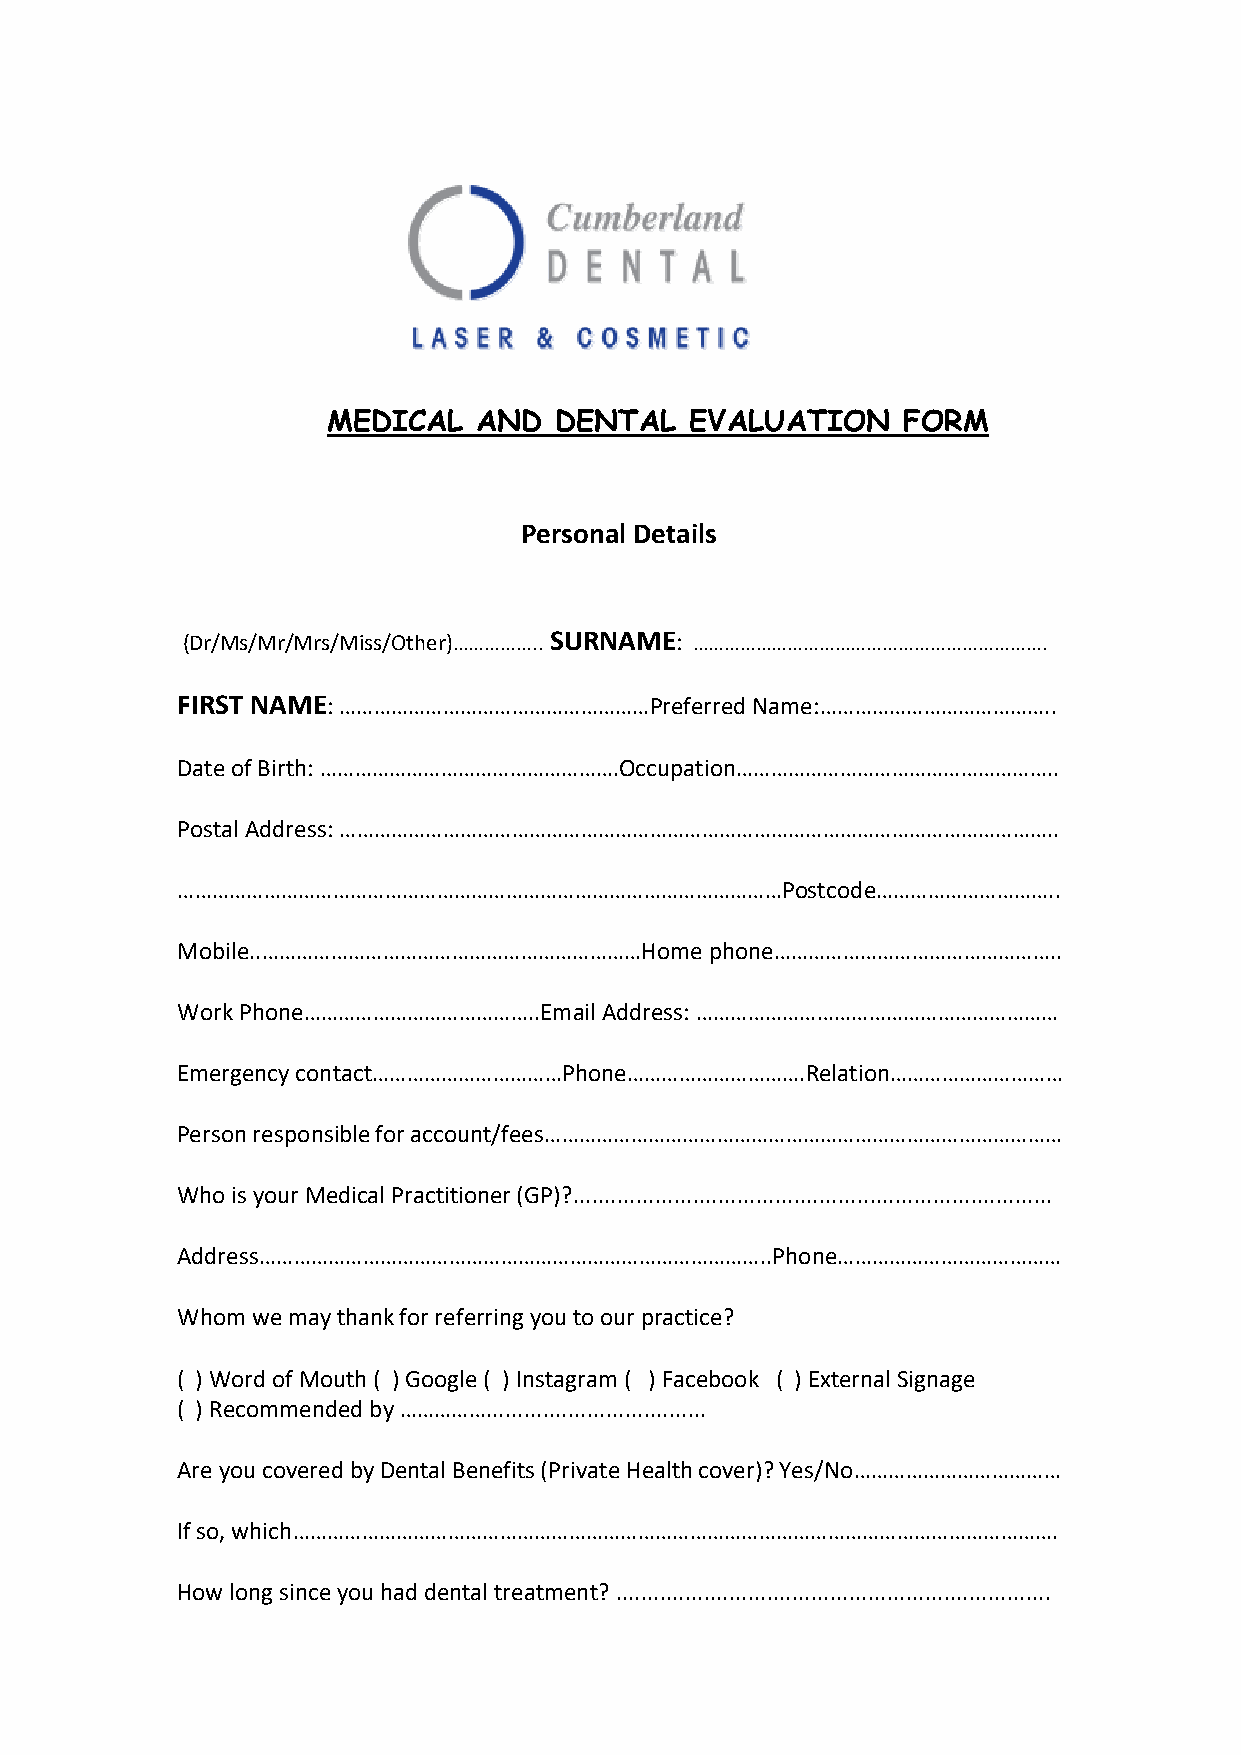
MEDICAL   AND  DENTAL   EVALUATION    FORM
 Personal Details
 (Dr/Ms/Mr/Mrs/Miss/Other)…………….. SURNAME: ………………………………………………………….
 FIRST NAME: ………………………………………………Preferred Name:…………………………………..
 Date of Birth: …………………………………………….Occupation………………………………………………..
 Postal Address: ……………………………………………………………………………………………………………..
 ……………………………………………………………………………………………Postcode…………………………..
 Mobile..…………………………………………………………Home phone…………………………………………..
 Work Phone…………………………………..Email Address: ………………………………………………………
 Emergency contact……………………………Phone………………………….Relation…………………………
 Person responsible for account/fees………………………………………………………………………………
 Who is your Medical Practitioner (GP)?............................................................................
 Address……………………………………………………………………………..Phone…………………………………
 Whom we may thank for referring you to our practice?
 ( ) Word of Mouth ( ) Google ( ) Instagram ( ) Facebook ( ) External Signage
 ( ) Recommended by ……………...................................
 Are you covered by Dental Benefits (Private Health cover)? Yes/No………………………………
 If so, which…………………………………………………………………………………………………………………….
 How long since you had dental treatment? .....................................................................